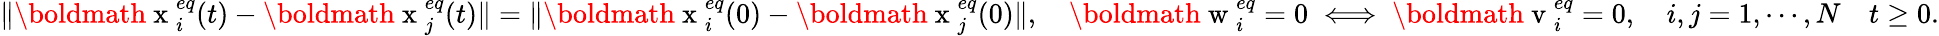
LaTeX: \| \mathrm{\boldmath~x~}_{i}^{eq}(t)-\mathrm{\boldmath~x~}_{j}^{eq}(t)\| =\| \mathrm{\boldmath~x~}_{i}^{eq}(0)-\mathrm{\boldmath~x~}_{j}^{eq}(0)\| ,\quad\mathrm{\boldmath~w~}_{i}^{eq}=0\iff\mathrm{\boldmath~v~}_{i}^{eq}=0,\quad i,j=1,\cdots,N\quad t\geq 0.